Rae_vallavalitsus, lk 13
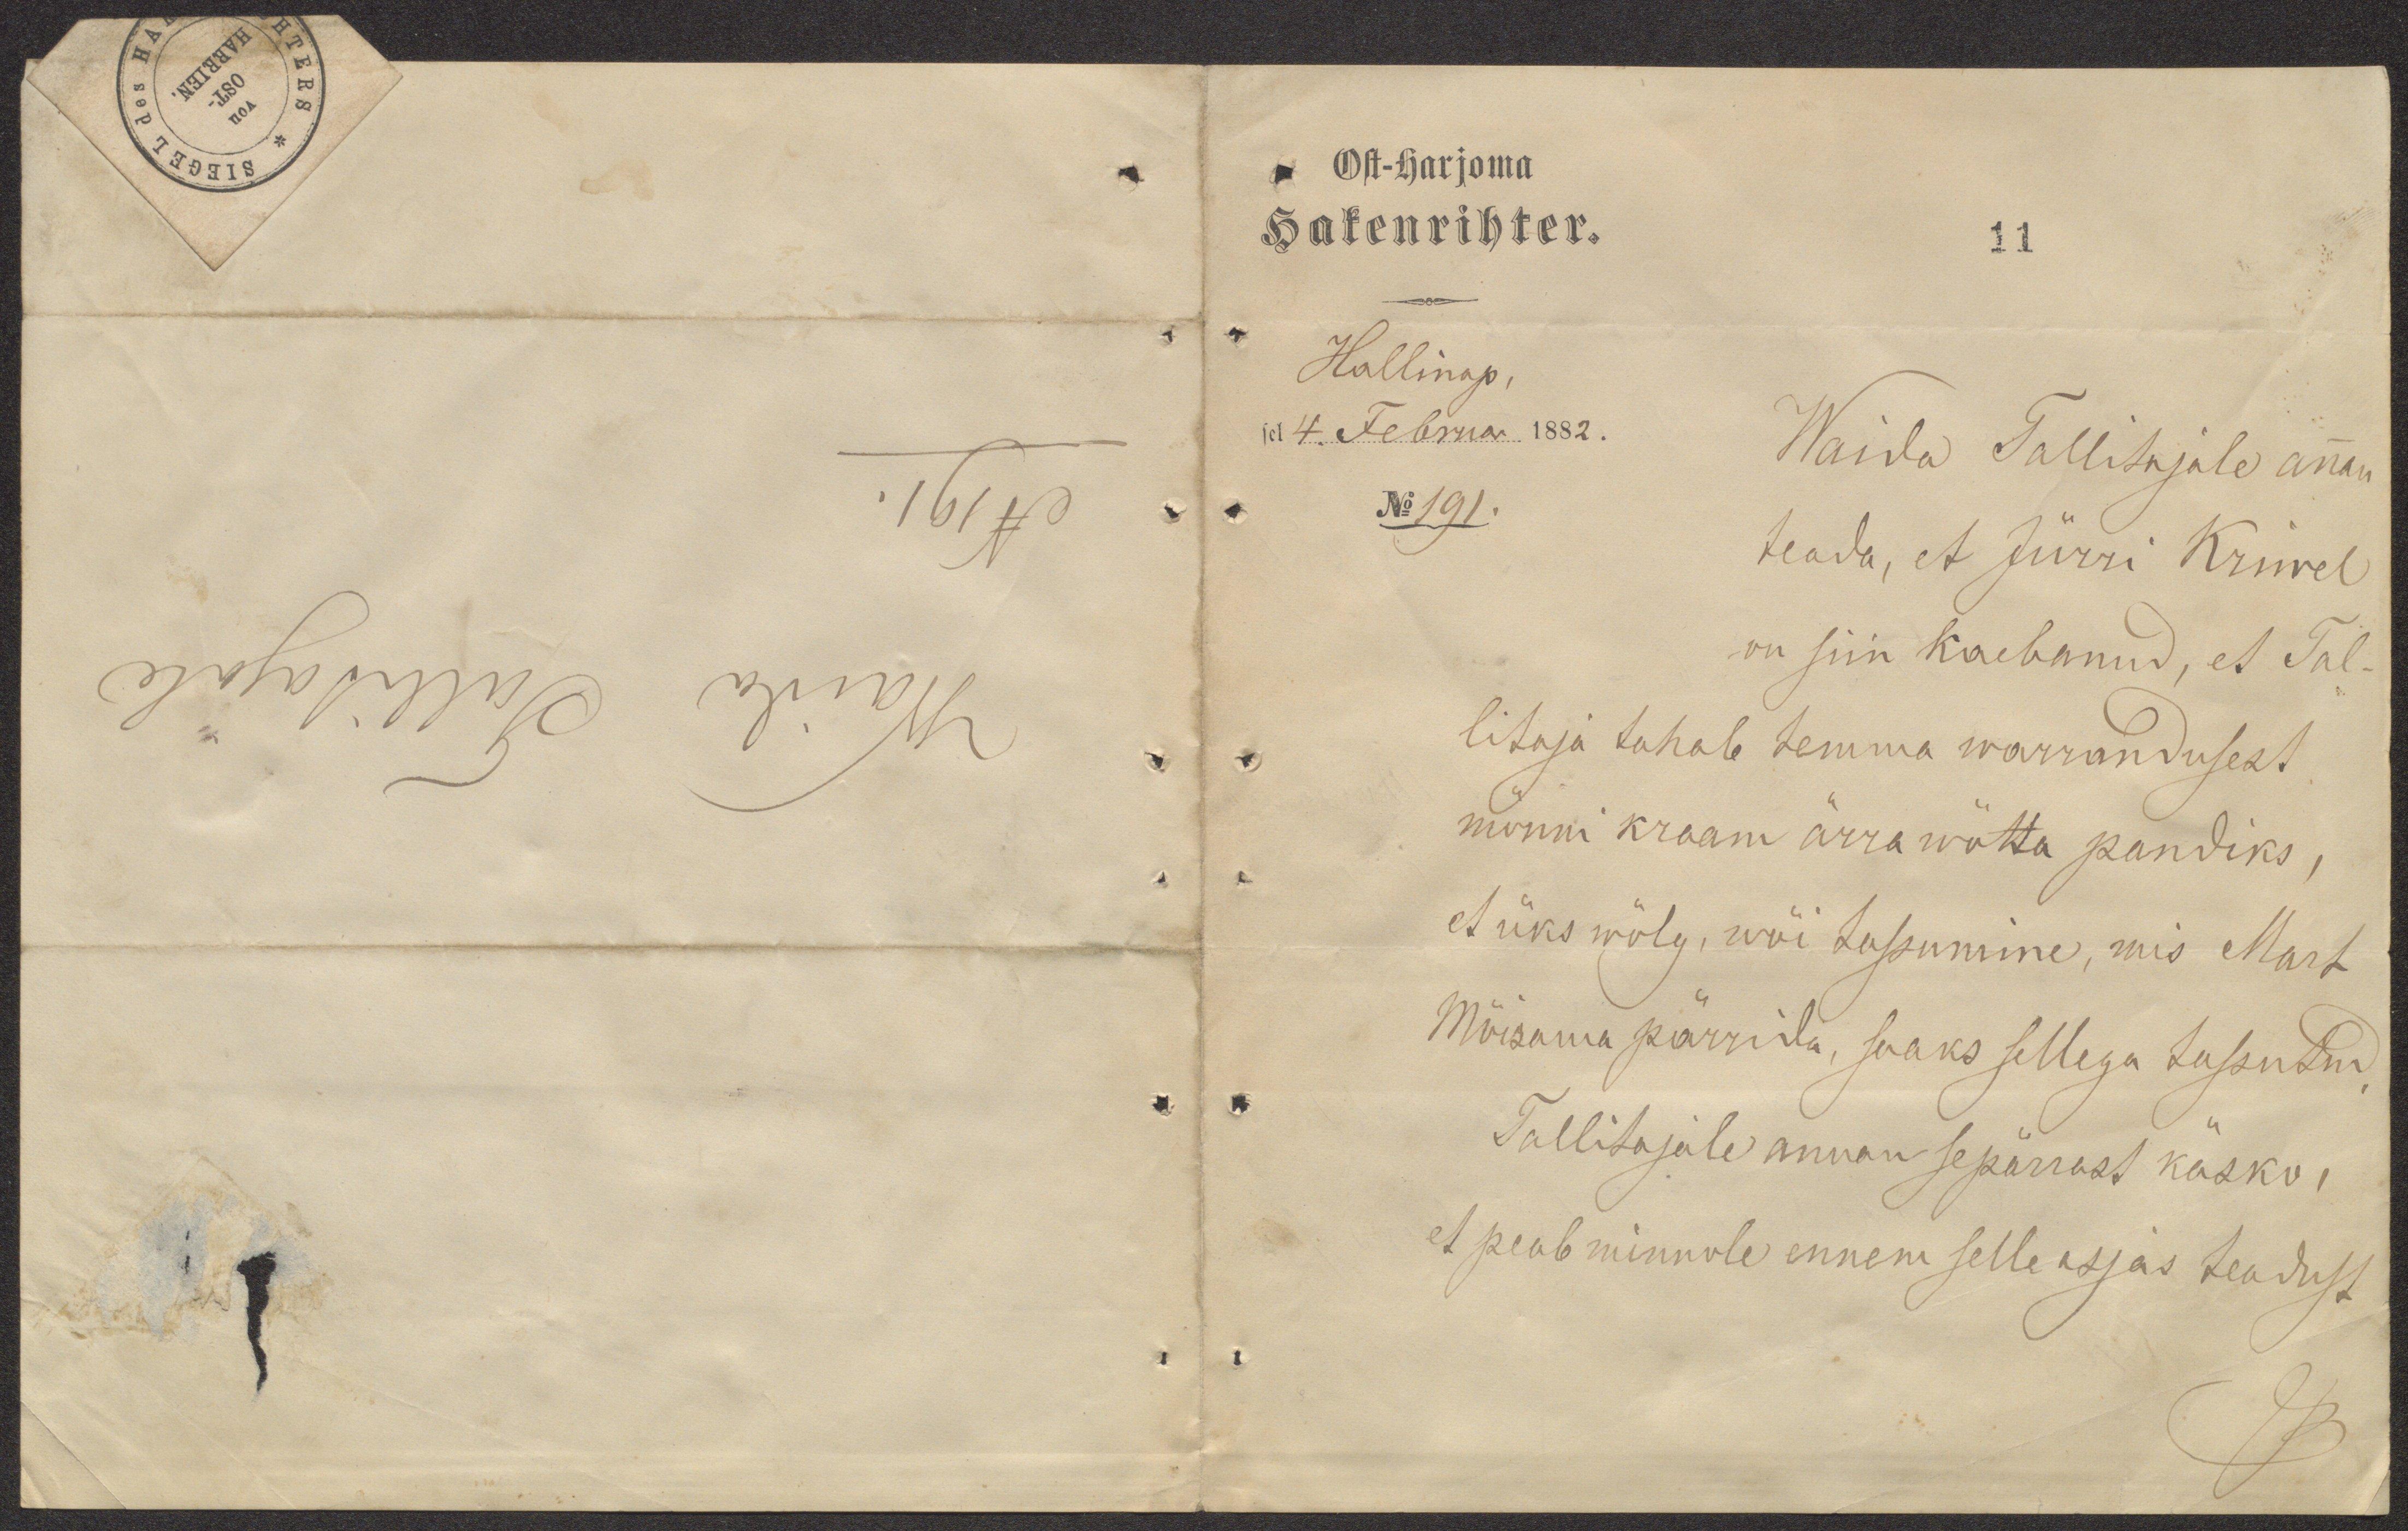
Ost-harjoma
Hakenrichter.
11
Hallinap,
sel 4. Februar 1882.
No 191.
Waida Tallitajale annan
teada, et Jürri Kriwel
on siin kaebanud, et Tal-
litaja tahab temma warrandusest
mõnni kraam ärra wõtta pandiks,
et üks wõlg, wõi tassumine, mis Mart
Mõisama pärrida, saaks sellega tassutud.
Tallitajale annan sepärrast käsko,
et peab minnole ennem selle asjas teadust

N 191.
Waida Tallitajale